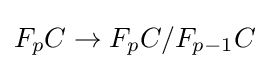
F_{p}C\to F_{p}C/F_{p-1}C